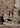
ان